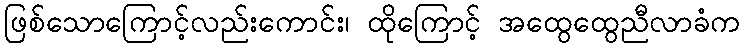
ဖြစ်သောကြောင့်လည်းကောင်း၊ ထိုကြောင့် အထွေထွေညီလာခံက